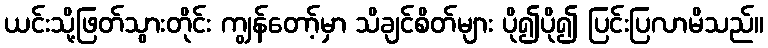
ယင်းသို့ဖြတ်သွားတိုင်း ကျွန်တော့်မှာ သိချင်စိတ်များ ပို၍ပို၍ ပြင်းပြလာမိသည်။